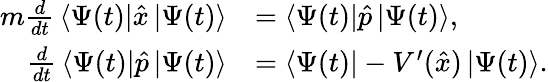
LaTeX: {\begin{array}{rl}{m{\frac{d}{dt}}\left\langle\Psi(t)\right|{\hat{x}}\left|\Psi(t)\right\rangle}&{=\left\langle\Psi(t)\right|{\hat{p}}\left|\Psi(t)\right\rangle,}\\ {{\frac{d}{dt}}\left\langle\Psi(t)\right|{\hat{p}}\left|\Psi(t)\right\rangle}&{=\left\langle\Psi(t)\right|-V^{\prime}({\hat{x}})\left|\Psi(t)\right\rangle.}\end{array}}